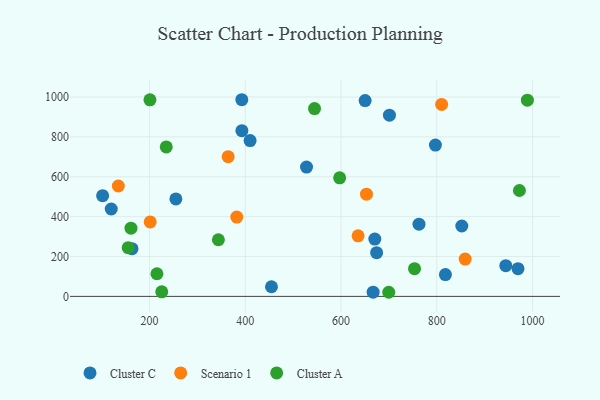
{"axis": {"x": "Study Hours", "y": "Fuel Efficiency"}, "legend": ["Cluster A", "Cluster C", "Scenario 1"], "data": [{"x": "392.9", "y": 831.4, "type": "Cluster C"}, {"x": "392.7", "y": 986.4, "type": "Cluster C"}, {"x": "102.0", "y": 504.9, "type": "Cluster C"}, {"x": "674.3", "y": 219.4, "type": "Cluster C"}, {"x": "969.6", "y": 139.1, "type": "Cluster C"}, {"x": "163.3", "y": 239.5, "type": "Cluster C"}, {"x": "527.9", "y": 648.6, "type": "Cluster C"}, {"x": "255.0", "y": 488.8, "type": "Cluster C"}, {"x": "944.1", "y": 154.2, "type": "Cluster C"}, {"x": "120.0", "y": 438.2, "type": "Cluster C"}, {"x": "701.1", "y": 909.1, "type": "Cluster C"}, {"x": "410.0", "y": 781.6, "type": "Cluster C"}, {"x": "454.7", "y": 48.2, "type": "Cluster C"}, {"x": "667.0", "y": 21.3, "type": "Cluster C"}, {"x": "852.2", "y": 352.9, "type": "Cluster C"}, {"x": "762.8", "y": 362.4, "type": "Cluster C"}, {"x": "670.5", "y": 287.6, "type": "Cluster C"}, {"x": "818.0", "y": 109.6, "type": "Cluster C"}, {"x": "797.1", "y": 758.8, "type": "Cluster C"}, {"x": "650.3", "y": 982.0, "type": "Cluster C"}, {"x": "134.8", "y": 553.6, "type": "Scenario 1"}, {"x": "635.6", "y": 303.8, "type": "Scenario 1"}, {"x": "810.1", "y": 962.8, "type": "Scenario 1"}, {"x": "382.2", "y": 397.8, "type": "Scenario 1"}, {"x": "201.4", "y": 373.4, "type": "Scenario 1"}, {"x": "653.1", "y": 512.8, "type": "Scenario 1"}, {"x": "859.3", "y": 187.1, "type": "Scenario 1"}, {"x": "364.2", "y": 700.7, "type": "Scenario 1"}, {"x": "215.4", "y": 113.6, "type": "Cluster A"}, {"x": "597.1", "y": 594.7, "type": "Cluster A"}, {"x": "753.5", "y": 139.0, "type": "Cluster A"}, {"x": "234.9", "y": 749.9, "type": "Cluster A"}, {"x": "161.2", "y": 342.2, "type": "Cluster A"}, {"x": "972.6", "y": 531.2, "type": "Cluster A"}, {"x": "343.8", "y": 284.0, "type": "Cluster A"}, {"x": "989.2", "y": 984.3, "type": "Cluster A"}, {"x": "200.8", "y": 986.0, "type": "Cluster A"}, {"x": "225.5", "y": 23.0, "type": "Cluster A"}, {"x": "155.4", "y": 244.4, "type": "Cluster A"}, {"x": "699.6", "y": 20.6, "type": "Cluster A"}, {"x": "544.6", "y": 941.9, "type": "Cluster A"}]}